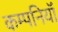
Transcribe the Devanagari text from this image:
कम्पनियॉं